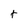
Character: t